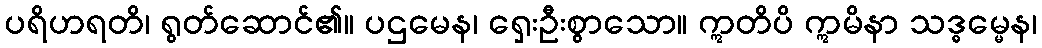
ပရိဟရတိ၊ ရွတ်ဆောင်၏။ ပဌမေန၊ ရှေးဦးစွာသော။ ဣတိပိ ဣမိနာ သဒ္ဓမ္မေန၊